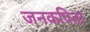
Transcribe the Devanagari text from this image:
जनकपिता